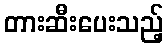
တားဆီးပေးသည့်